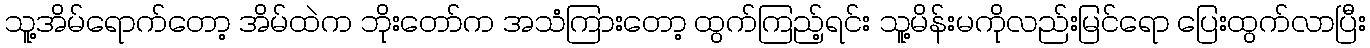
သူ့အိမ်ရောက်တော့ အိမ်ထဲက ဘိုးတော်က အသံကြားတော့ ထွက်ကြည့်ရင်း သူ့မိန်းမကိုလည်းမြင်ရော ပြေးထွက်လာပြီး